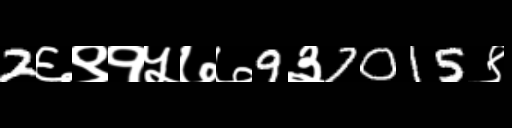
Text: 2६९१५७७9३7015९